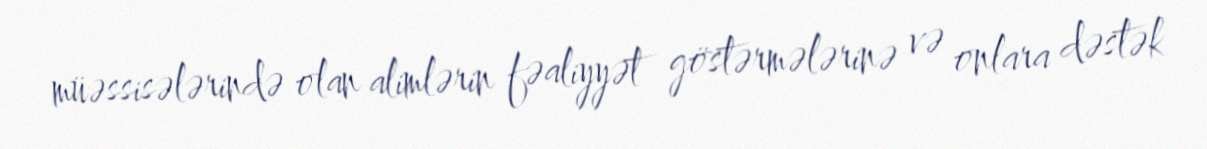
müəssisələrində olan alimlərin fəaliyyət göstərmələrinə və onlara dəstək